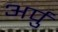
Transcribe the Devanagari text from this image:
अर्पु